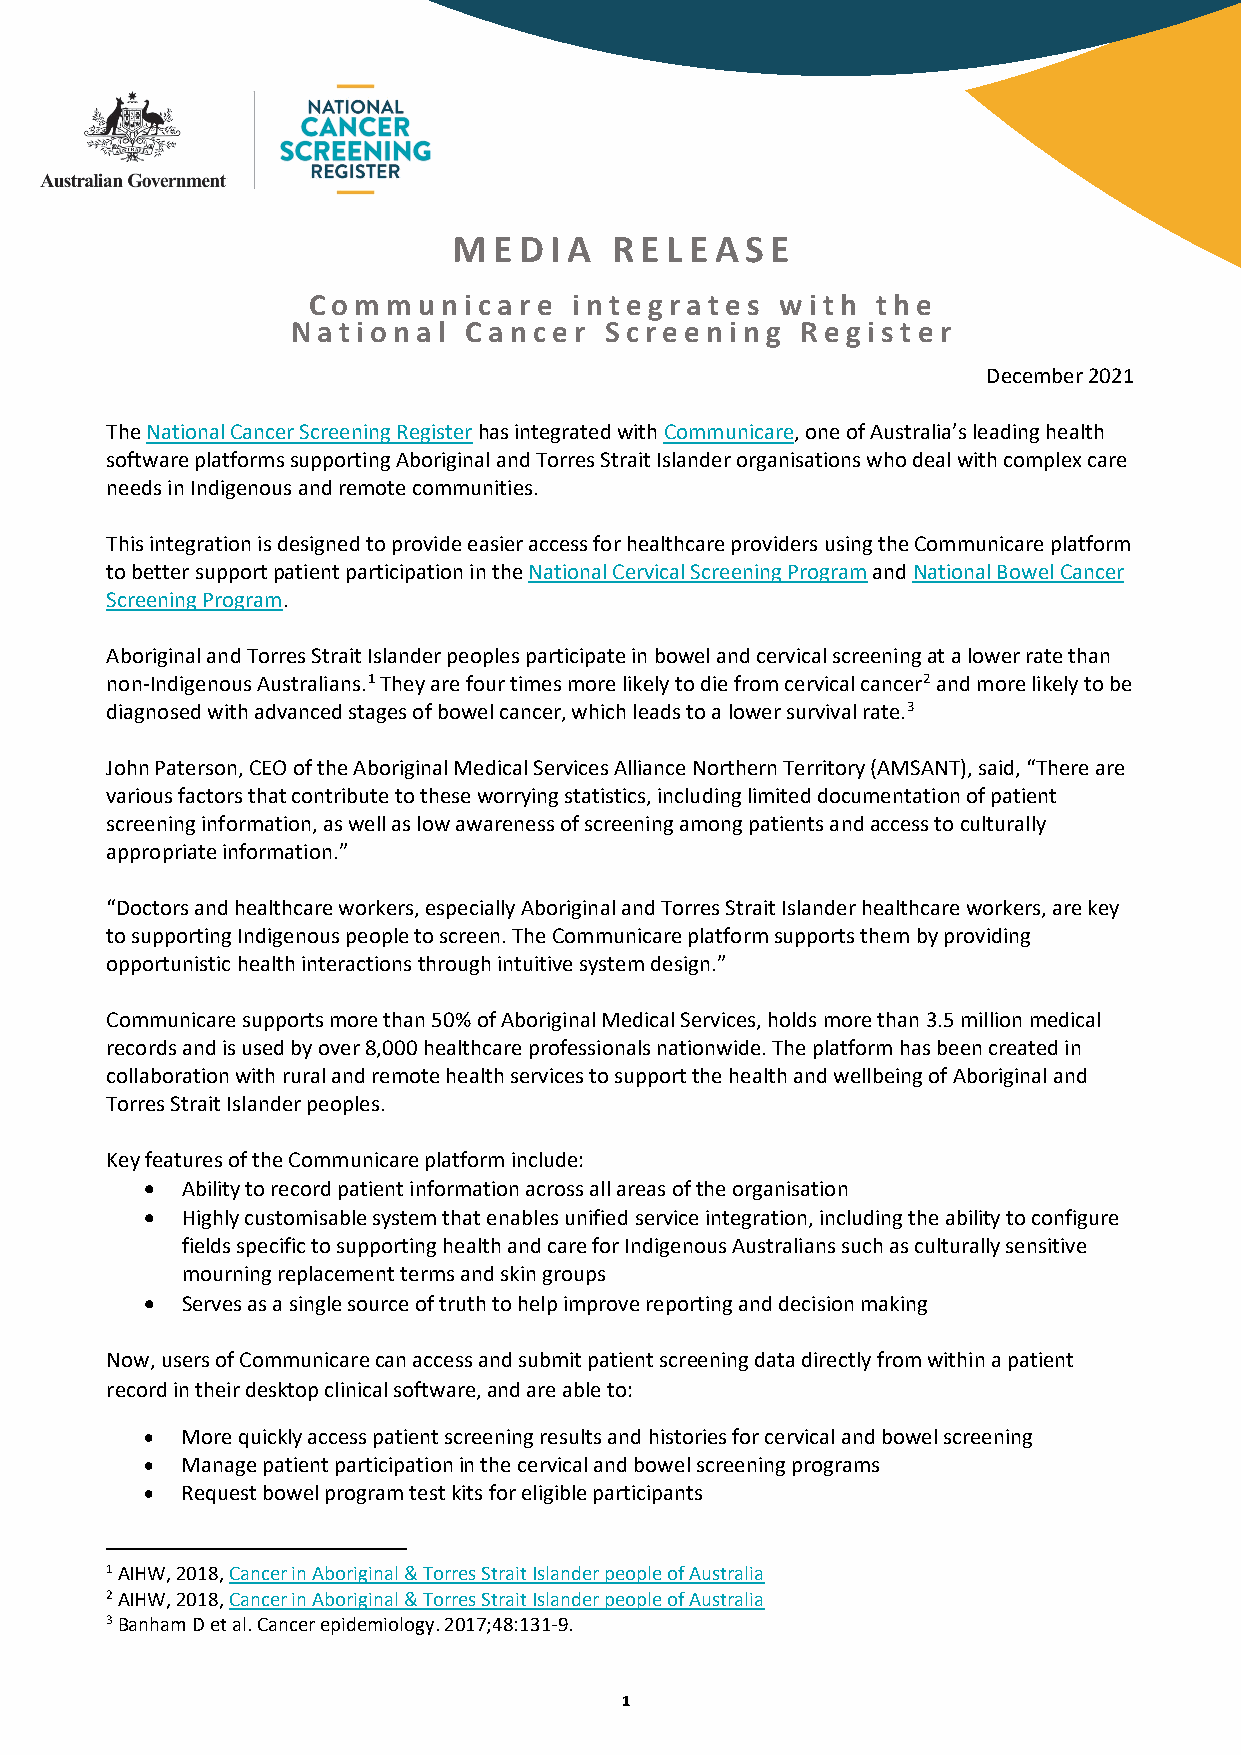
ME  DIA    RE LE ASE
 Comm    unic ar e int eg r at e s wit h the
 N at ion al Can c e r Scr e e ning R eg is t e r
 December 2021
 The National Cancer Screening Register has integrated with Communicare, one of Australia’s leading health
 software platforms supporting Aboriginal and Torres Strait Islander organisations who deal with complex care
 needs in Indigenous and remote communities.
 This integration is designed to provide easier access for healthcare providers using the Communicare platform
 to better support patient participation in the National Cervical Screening Program and National Bowel Cancer
 Screening Program.
 Aboriginal and Torres Strait Islander peoples participate in bowel and cervical screening at a lower rate than
 non-Indigenous Australians.1 They are four times more likely to die from cervical cancer2 and more likely to be
 diagnosed with advanced stages of bowel cancer, which leads to a lower survival rate.3
 John Paterson, CEO of the Aboriginal Medical Services Alliance Northern Territory (AMSANT), said, “There are
 various factors that contribute to these worrying statistics, including limited documentation of patient
 screening information, as well as low awareness of screening among patients and access to culturally
 appropriate information.”
 “Doctors and healthcare workers, especially Aboriginal and Torres Strait Islander healthcare workers, are key
 to supporting Indigenous people to screen. The Communicare platform supports them by providing
 opportunistic health interactions through intuitive system design.”
 Communicare supports more than 50% of Aboriginal Medical Services, holds more than 3.5 million medical
 records and is used by over 8,000 healthcare professionals nationwide. The platform has been created in
 collaboration with rural and remote health services to support the health and wellbeing of Aboriginal and
 Torres Strait Islander peoples.
 Key features of the Communicare platform include:
 • Ability to record patient information across all areas of the organisation
 • Highly customisable system that enables unified service integration, including the ability to configure
 fields specific to supporting health and care for Indigenous Australians such as culturally sensitive
 mourning replacement terms and skin groups
 • Serves as a single source of truth to help improve reporting and decision making
 Now, users of Communicare can access and submit patient screening data directly from within a patient
 record in their desktop clinical software, and are able to:
 • More quickly access patient screening results and histories for cervical and bowel screening
 • Manage patient participation in the cervical and bowel screening programs
 • Request bowel program test kits for eligible participants
 1 AIHW, 2018, Cancer in Aboriginal & Torres Strait Islander people of Australia
 2 AIHW, 2018, Cancer in Aboriginal & Torres Strait Islander people of Australia
 3 Banham D et al. Cancer epidemiology. 2017;48:131-9.
 1